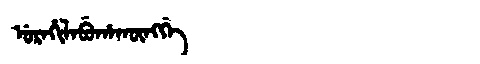
Manchu: ᡠᡵᠠᡥᡳᠯᠠᠪᡠᡥᠠᡴᡡᠩᡤᡝ
Romanization: URAHILABUHAKŪNGGE